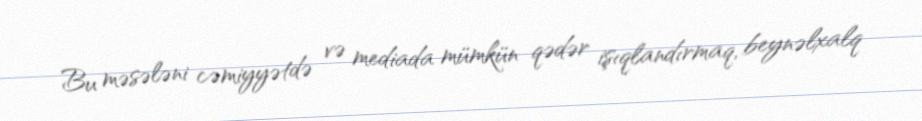
Bu məsələni cəmiyyətdə və mediada mümkün qədər işıqlandırmaq, beynəlxalq